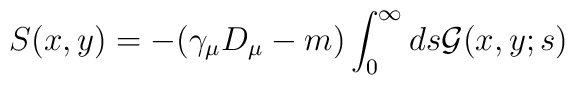
S(x,y)=-(\gamma_{\mu}D_{\mu} -m)\int_{0}^{\infty} ds {\cal G}(x,y;s)